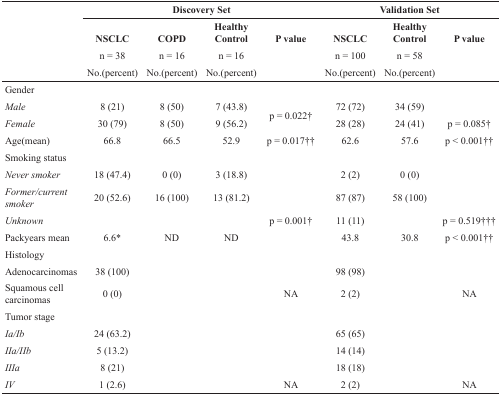
<table><thead><tr><td rowspan="3">[EMPTY_CELL]</td><td colspan="4"><b>Discovery Set</b></td><td colspan="3"><b>Validation Set</b></td></tr><tr><td><b>NSCLC</b></td><td><b>COPD</b></td><td><b>Healthy Control</b></td><td><b>P value</b></td><td><b>NSCLC</b></td><td><b>Healthy Control</b></td><td><b>P value</b></td></tr><tr><td><b>n = 38No.(percent)</b></td><td><b>n = 16No.(percent)</b></td><td><b>n = 16No.(percent)</b></td><td>[EMPTY_CELL]</td><td><b>n = 100No.(percent)</b></td><td><b>n = 58No.(percent)</b></td><td>[EMPTY_CELL]</td></tr></thead><tbody><tr><td colspan="8">Gender</td></tr><tr><td><i>Male</i></td><td>8 (21)</td><td>8 (50)</td><td>7 (43.8)</td><td rowspan="2">p = 0.022†</td><td>72 (72)</td><td>34 (59)</td><td>[EMPTY_CELL]</td></tr><tr><td><i>Female</i></td><td>30 (79)</td><td>8 (50)</td><td>9 (56.2)</td><td>28 (28)</td><td>24 (41)</td><td>p = 0.085†</td></tr><tr><td>Age(mean)</td><td>66.8</td><td>66.5</td><td>52.9</td><td>p = 0.017††</td><td>62.6</td><td>57.6</td><td>p &lt; 0.001††</td></tr><tr><td colspan="8">Smoking status</td></tr><tr><td><i>Never smoker</i></td><td>18 (47.4)</td><td>0 (0)</td><td>3 (18.8)</td><td>[EMPTY_CELL]</td><td>2 (2)</td><td>0 (0)</td><td>[EMPTY_CELL]</td></tr><tr><td><i>Former/current smoker</i></td><td>20 (52.6)</td><td>16 (100)</td><td>13 (81.2)</td><td>[EMPTY_CELL]</td><td>87 (87)</td><td>58 (100)</td><td>[EMPTY_CELL]</td></tr><tr><td><i>Unknown</i></td><td>[EMPTY_CELL]</td><td>[EMPTY_CELL]</td><td>[EMPTY_CELL]</td><td>p = 0.001†</td><td>11 (11)</td><td>[EMPTY_CELL]</td><td>p = 0.519†††</td></tr><tr><td>Packyears mean</td><td>6.6*</td><td>ND</td><td>ND</td><td>[EMPTY_CELL]</td><td>43.8</td><td>30.8</td><td>p &lt; 0.001††</td></tr><tr><td colspan="8">Histology</td></tr><tr><td>Adenocarcinomas</td><td>38 (100)</td><td>[EMPTY_CELL]</td><td>[EMPTY_CELL]</td><td>[EMPTY_CELL]</td><td>98 (98)</td><td>[EMPTY_CELL]</td><td>[EMPTY_CELL]</td></tr><tr><td>Squamous cell carcinomas</td><td>0 (0)</td><td>[EMPTY_CELL]</td><td>[EMPTY_CELL]</td><td>NA</td><td>2 (2)</td><td>[EMPTY_CELL]</td><td>NA</td></tr><tr><td colspan="8">Tumor stage</td></tr><tr><td><i>Ia/Ib</i></td><td>24 (63.2)</td><td>[EMPTY_CELL]</td><td>[EMPTY_CELL]</td><td>[EMPTY_CELL]</td><td>65 (65)</td><td>[EMPTY_CELL]</td><td>[EMPTY_CELL]</td></tr><tr><td><i>IIa/IIb</i></td><td>5 (13.2)</td><td>[EMPTY_CELL]</td><td>[EMPTY_CELL]</td><td>[EMPTY_CELL]</td><td>14 (14)</td><td>[EMPTY_CELL]</td><td>[EMPTY_CELL]</td></tr><tr><td><i>IIIa</i></td><td>8 (21)</td><td>[EMPTY_CELL]</td><td>[EMPTY_CELL]</td><td>[EMPTY_CELL]</td><td>18 (18)</td><td>[EMPTY_CELL]</td><td>[EMPTY_CELL]</td></tr><tr><td><i>IV</i></td><td>1 (2.6)</td><td>[EMPTY_CELL]</td><td>[EMPTY_CELL]</td><td>NA</td><td>2 (2)</td><td>[EMPTY_CELL]</td><td>NA</td></tr></tbody></table>